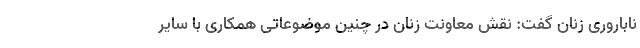
ناباروری زنان گفت: نقش معاونت زنان در چنین موضوعاتی همکاری با سایر